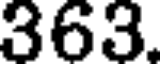
363.